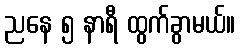
ညနေ ၅ နာရီ ထွက်ခွာမယ်။